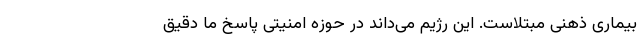
بیماری ذهنی مبتلاست. این رژیم می‌داند در حوزه امنیتی پاسخ ما دقیق